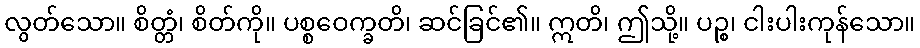
လွတ်သော။ စိတ္တံ၊ စိတ်ကို။ ပစ္စဝေက္ခတိ၊ ဆင်ခြင်၏။ ဣတိ၊ ဤသို့။ ပဉ္စ၊ ငါးပါးကုန်သော။